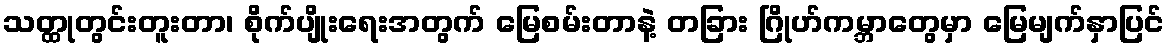
သတ္ထုတွင်းတူးတာ၊ စိုက်ပျိုးရေးအတွက် မြေစမ်းတာနဲ့ တခြား ဂြိုဟ်ကမ္ဘာတွေမှာ မြေမျက်နှာပြင်